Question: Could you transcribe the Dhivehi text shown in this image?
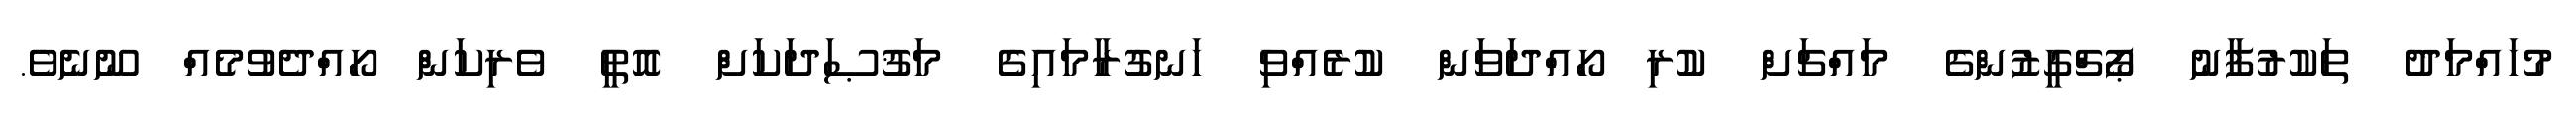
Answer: މުހައްމަދު ތަކުރުފާނު ޕޯޗްގީޒުންގެ މައްޗަށް ކުރި ހޯއްދަވަން ކުރެއްވި ހަނގުރާމައިގެ މަޤުޞަދަކަށް އޮތީ ވެރިކަން ހޯއްދެވުމެއް ނޫނެވެ.